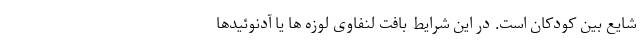
شایع بین کودکان است. در این شرایط بافت لنفاوی لوزه ها یا آدنوئیدها